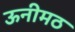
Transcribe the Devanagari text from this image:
ऊनीमठ